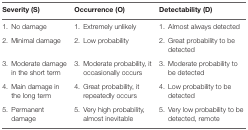
| Severity (S) | Occurrence (O) | Detectability (D) |
 | --- | --- | --- |
 | 1.No damage | 1.Extremely unlikely | 1.Almost always detected |
 | 2.Minimal damage | 2.Low probability | 2.Great probability to be detected |
 | 3.Moderate damage in the short term | 3.Moderate probability, it occasionally occurs | 3.Moderate probability to be detected |
 | 4.Main damage in the long term | 4.Great probability, it repeatedly occurs | 4.Low probability to be detected |
 | 5.Permanent damage | 5.Very high probability, almost inevitable | 5.Very low probability to be detected, remote |